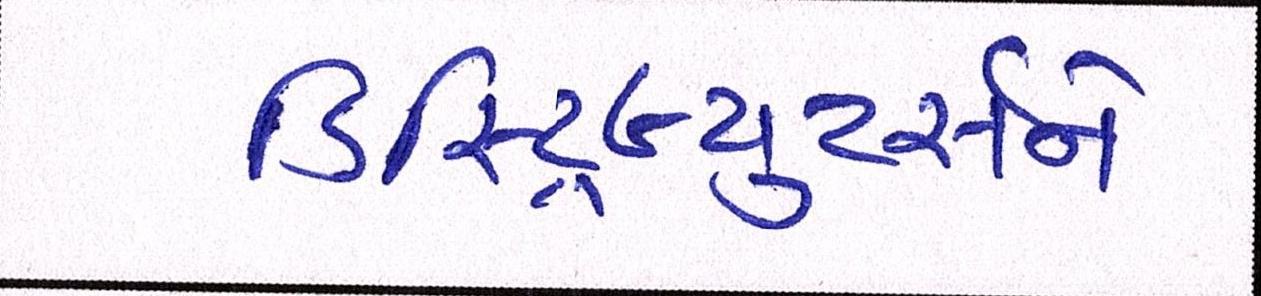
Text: ડિસ્ટ્રિબ્યુટર્સને